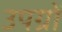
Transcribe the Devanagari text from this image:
उपग्रों